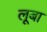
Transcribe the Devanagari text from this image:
लूबा